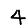
Digit: 4